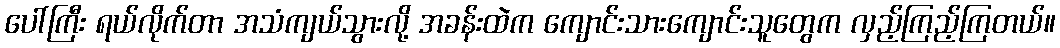
ပေါ်ကြီး ရယ်လိုက်တာ အသံကျယ်သွားလို့ အခန်းထဲက ကျောင်းသားကျောင်းသူတွေက လှည့်ကြည့်ကြတယ်။